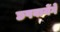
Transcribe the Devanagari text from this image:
छपवायेंगे